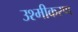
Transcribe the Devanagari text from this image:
उश्मीकरण